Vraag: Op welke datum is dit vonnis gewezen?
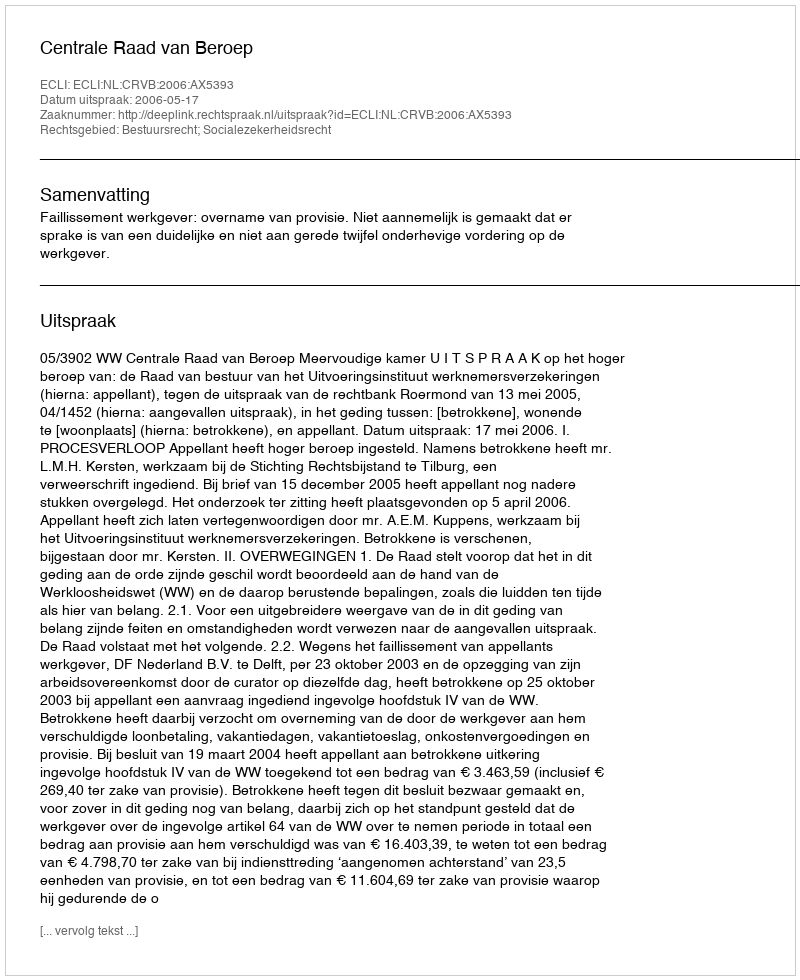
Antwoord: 2006-05-17